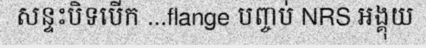
សន្ទះបិទបើក ...flange បញ្ចប់ NRS អង្គុយ